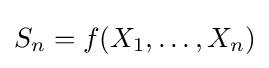
S_{n}=f(X_{1},\dots ,X_{n})